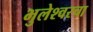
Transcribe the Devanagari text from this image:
भुलेश्वरचा